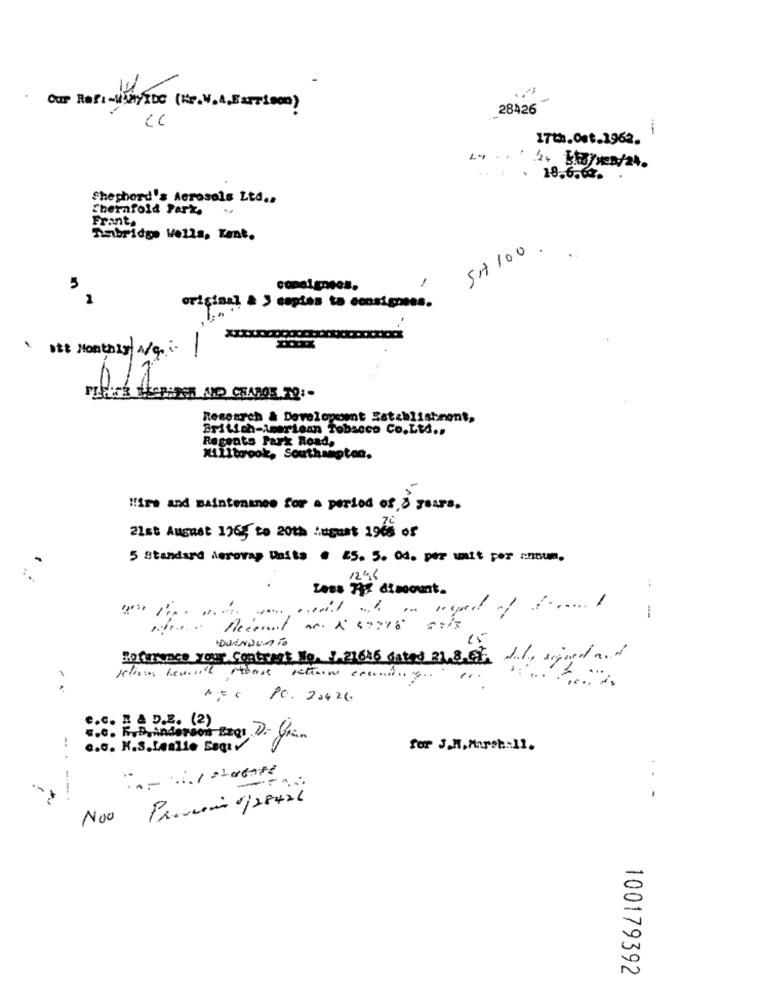
28426
CC
-
17th.Ost.1962.
* * 18.6.62.
Shepherd's Aerosols Ltd ..
Ebernfold Park.
Frant.
Tunbridge Wells, Kent.
SH 100
3
conelgneos.
1
1
original & > coptes to ecosignees.
att Monthly A/g.
6/1
Research & Development Establishment,
British-American Tobacco Co.Ltd ..
Regents Park Road,
Willborook, Southampton,
Wire and maintenance for a period of 3 years.
21st August 1965 to 20th August 1968 of
5 Standard Aerovap Units . 25. 5. 0d. per unit per annum.
12h6
Less Rig discount.
-
1
Recent as. & 47716 5:13
DUENDEATO
Retricace your Contract No. 7.21646 Gates 21.8.6 16, sind
..
10. 20426
E.C. D & D.E. (2)
s.c. E.B, inderson Bags D. Gran
G.G. K.S.Lealle Segu
for J.M. March-11.
.. -
Noo
100179392